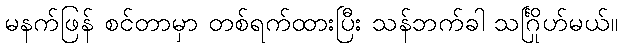
မနက်ဖြန် စင်တာမှာ တစ်ရက်ထားပြီး သန်ဘက်ခါ သင်္ဂြိုဟ်မယ်။